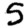
Digit: 5